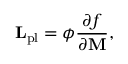
\mathbf { L } _ { \mathrm { p l } } = \phi \frac { \partial f } { \partial \mathbf { M } } ,